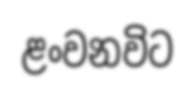
ළංවනවිට